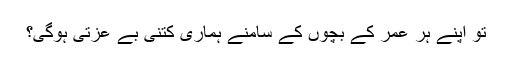
تو اپنے ہر عمر کے بچوں کے سامنے ہماری کتنی بے عزتی ہوگی؟